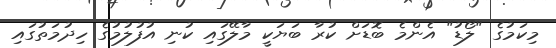
މިކަމުގެ "ލޯޑު" އެންމެ ބޮޑަށް ކުރާ ބަޔަކީ މާލޭގައި ކުނި އުފުލުމުގެ ހިދުމަތުގައި